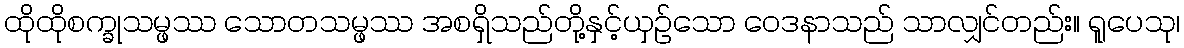
ထိုထိုစက္ခုသမ္ဖဿ သောတသမ္ဖဿ အစရှိသည်တို့နှင့်ယှဉ်သော ဝေဒနာသည် သာလျှင်တည်း။ ရူပေသု၊